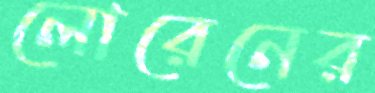
লোরেনের